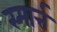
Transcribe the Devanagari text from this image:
स्मार्त्त